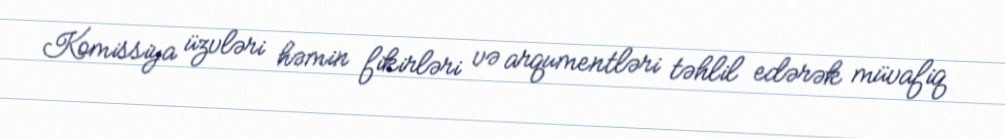
Komissiya üzvləri həmin fikirləri və arqumentləri təhlil edərək müvafiq